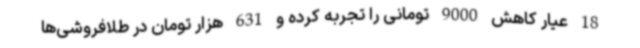
18 عیار کاهش 9000 تومانی را تجربه کرده و 631 هزار تومان در طلافروشی‌ها